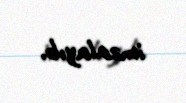
imzalayıb.